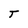
Character: T